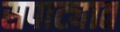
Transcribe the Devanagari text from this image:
सपाट्यात